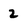
Character: 2